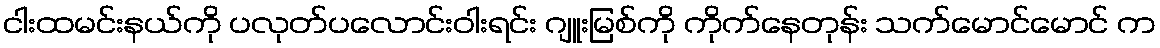
ငါးထမင်းနယ်ကို ပလုတ်ပလောင်းဝါးရင်း ဂျူးမြစ်ကို ကိုက်နေတုန်း သက်မောင်မောင် က